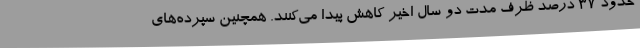
حدود 37 درصد ظرف مدت دو سال اخیر کاهش پیدا می‌کنند. همچنین سپرده‌های